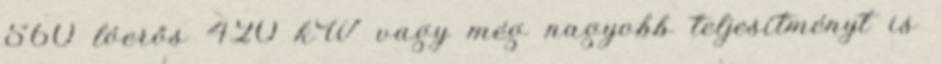
560 lóerős 420 kW vagy még nagyobb teljesítményt is